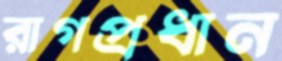
রাগপ্রধান